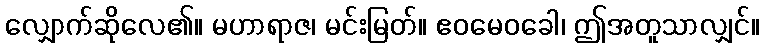
လျှောက်ဆိုလေ၏။ မဟာရာဇ၊ မင်းမြတ်။ ဧဝမေဝခေါ၊ ဤအတူသာလျှင်။